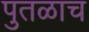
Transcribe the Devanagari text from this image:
पुतळाच